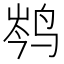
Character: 𮭦